Lunatic asylums Madras 1892-1911 - 1892-1911
Year: 1892
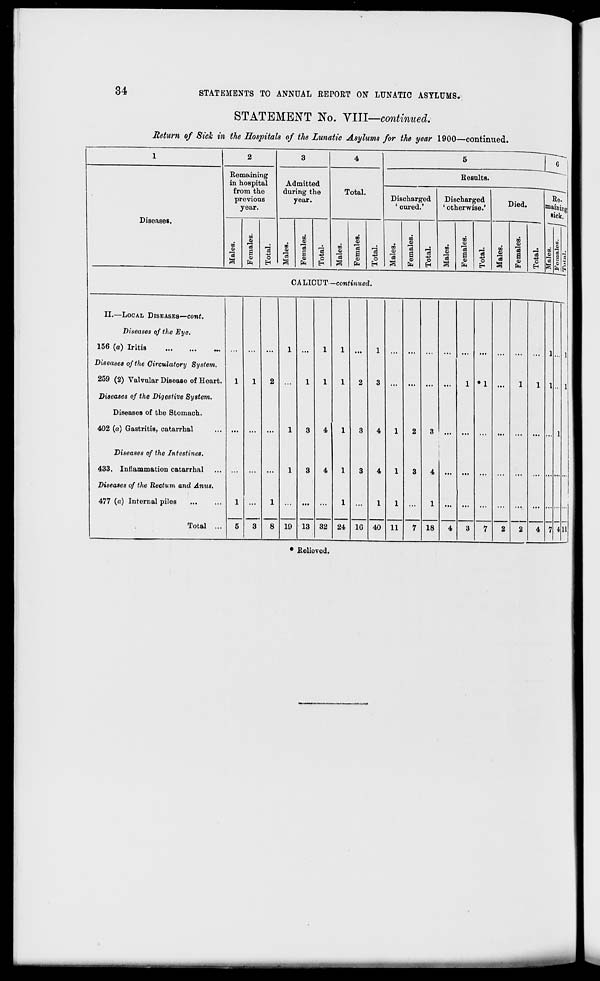
34
STATEMENTS TO ANNUAL REPORT ON LUNATIC ASYLUMS.
STATEMENT No. VIII—continued.
Return of Sick in the Hospitals of the Lunatic Asylums for the year 1900—continued.
Diseases.
Remaining
in hospital
from the
previous
year.
"31
on
Oi
s
01
CM
Admitted
during the
year.
Total.
o
EH
m
0)
to
0>
Oi
O
m
Oi
00
0>
15
i
CM
Results.
Discharged
' cured.'
-3
o
03
0>
"3
00
13
a
Discharged
1 otherwise.'
0)
-t->
o
H
00
0)
•a
00
01
'3
S
01
CM
o
Died.
00
CA LICUT -continued.
II.—LOCAL DISEASES—cont.
Diseases of the Eye.
156 (a) Iritis
Diseases of the Circulatory System.
259 (2) Valvular Disease of Heart.
Diseases of the Digestive System.
Diseases of the Stomach.
402 (c) Gastritis, catarrhal
Diseases of the Intestines.
433. Inflammation catarrhal
Diseases of the Rectum and Amis.
477(a) Internal piles
Total ..
1
1
19
4
3
4
13 32 24
4
4
1G 40 11
18
00
01
0)
CM
c
EH
7 4 11
Relieved.